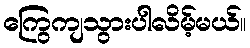
ကြွေကျသွားပါလိမ့်မယ်။